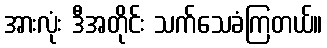
အားလုံး ဒီအတိုင်း သက်သေခံကြတယ်။